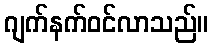
ဂျက်နက်ဝင်လာသည်။